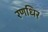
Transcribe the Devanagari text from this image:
रणधिर